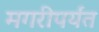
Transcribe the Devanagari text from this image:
मगरीपर्यंत